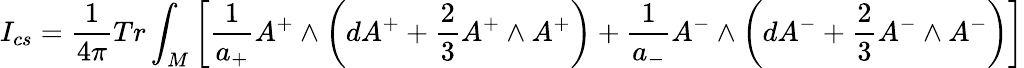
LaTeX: I_{cs}=\frac{1}{4\pi}Tr\int_{M}\left[\frac{1}{a_{+}}A^{+}\wedge\left(dA^{+}+\frac{2}{3}A^{+}\wedge A^{+}\right)+\frac{1}{a_{-}}A^{-}\wedge\left(dA^{-}+\frac{2}{3}A^{-}\wedge A^{-}\right)\right]